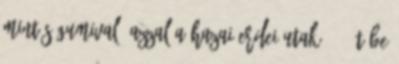
mintás gumival. Azzal a hazai erdei utak 80%-át be